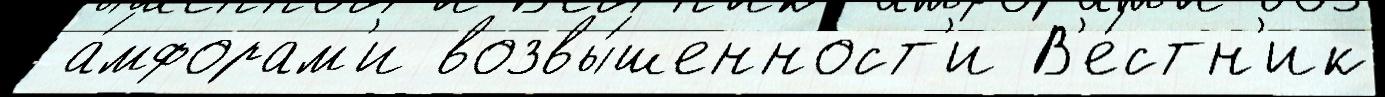
 а́мфорам'и возвы́шенност'и В'е́стн'ик